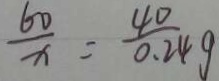
\frac { 6 0 } { x } = \frac { 4 0 } { 0 . 2 4 g }